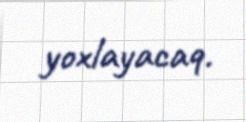
yoxlayacaq.